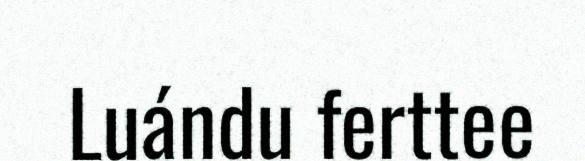
Luándu ferttee